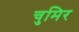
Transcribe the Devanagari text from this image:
चुमिर